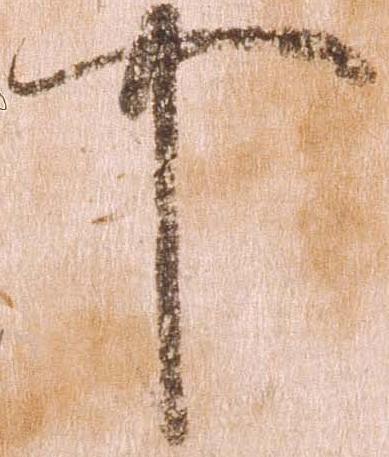
可